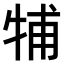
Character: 𤙭